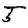
Digit: 5